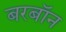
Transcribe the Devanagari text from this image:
बरबॉन